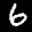
Label: 6